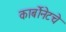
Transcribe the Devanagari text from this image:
कार्बोनेटचे